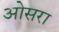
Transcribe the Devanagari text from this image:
ओसरा